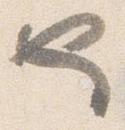
也